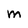
Character: M